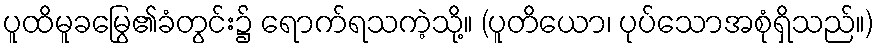
ပူထိမူခမြွေ၏ခံတွင်း၌ ရောက်ရသကဲ့သို့။ (ပူတိယော၊ ပုပ်သောအစုံရှိသည်။)